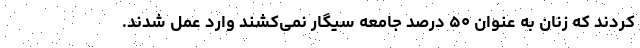
کردند که زنان به عنوان ۵۰ درصد جامعه سیگار نمی‌کشند وارد عمل شدند.